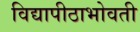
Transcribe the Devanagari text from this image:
विद्यापीठाभोवती